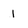
Character: 1